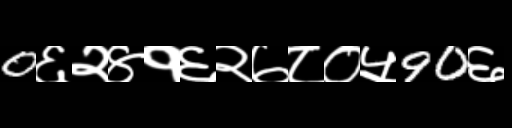
Text: 0६२४१६२७८०५90६